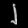
Digit: ၂